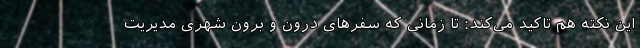
این نکته هم تاکید می‌کند: تا زمانی که سفرهای درون و برون شهری مدیریت